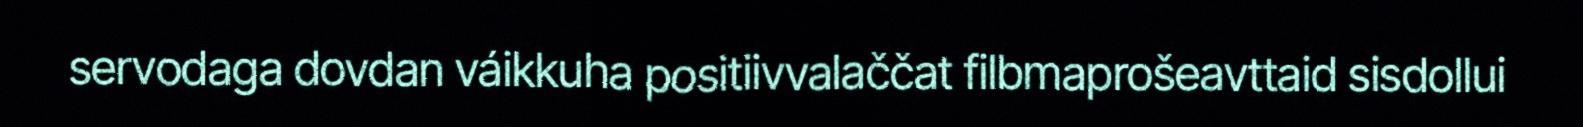
servodaga dovdan váikkuha positiivvalaččat filbmaprošeavttaid sisdollui